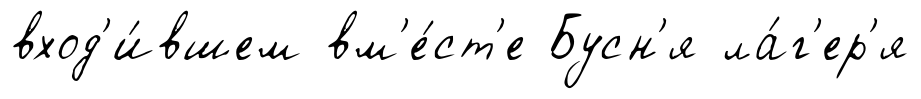
вход'и́вшем вм'е́ст'е Бусн'я ла́г'ер'я